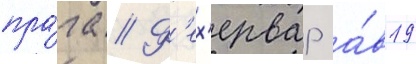
пра́га // Ф'ех'ервар а́в19